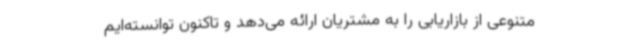
متنوعی از بازاریابی را به مشتریان ارائه می‌دهد و تاکنون توانسته‌ایم